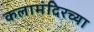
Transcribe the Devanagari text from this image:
कलामंदिरच्या